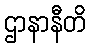
ဌာနာနီတိ